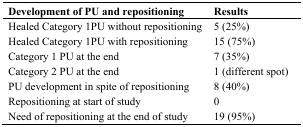
<table><thead><tr><td><b>Development of PU and repositioning</b></td><td><b>Results</b></td></tr></thead><tbody><tr><td>Healed Category 1PU without repositioning</td><td>5 (25%)</td></tr><tr><td>Healed Category 1PU with repositioning</td><td>15 (75%)</td></tr><tr><td>Category 1 PU at the end</td><td>7 (35%)</td></tr><tr><td>Category 2 PU at the end</td><td>1 (different spot)</td></tr><tr><td>PU development in spite of repositioning</td><td>8 (40%)</td></tr><tr><td>Repositioning at start of study </td><td>0</td></tr><tr><td>Need of repositioning at the end of study</td><td>19 (95%)</td></tr></tbody></table>